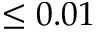
\le 0 . 0 1